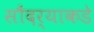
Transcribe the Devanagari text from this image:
सौंदर्‍याकडे